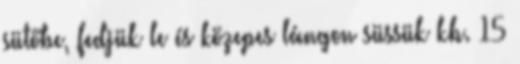
sütőbe, fedjük le és közepes lángon süssük kb. 15